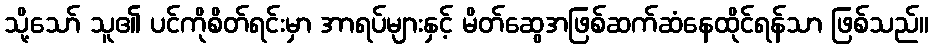
သို့သော် သူ၏ ပင်ကိုစိတ်ရင်းမှာ အာရပ်များနှင့် မိတ်ဆွေအဖြစ်ဆက်ဆံနေထိုင်ရန်သာ ဖြစ်သည်။